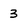
Character: 3